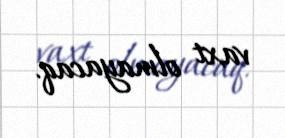
vaxt olmayacaq.